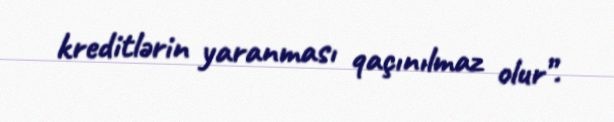
kreditlərin yaranması qaçınılmaz olur”.